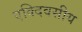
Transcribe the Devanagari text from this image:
एक्दिवसीय